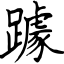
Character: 躆